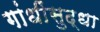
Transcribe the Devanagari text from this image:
गांधींसुद्धा